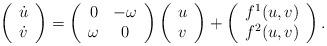
LaTeX: \begin{align*}\left(\begin{array}{c}\dot u\\\dot v \end{array}\right) = \left(\begin{array}{cc}0&-\omega\\\omega&0\end{array}\right)\left(\begin{array}{c}u\\v\end{array}\right) + \left(\begin{array}{c}f^1(u,v)\\f^2(u,v)\end{array}\right).\end{align*}